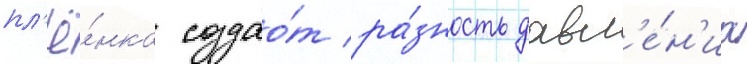
пл'ё́нка создао́т ра́зность давл'е́н'иа